Civil Veterinary Department Bihar & Orissa reports 1911-21 - 1911-1921
Year: 1911
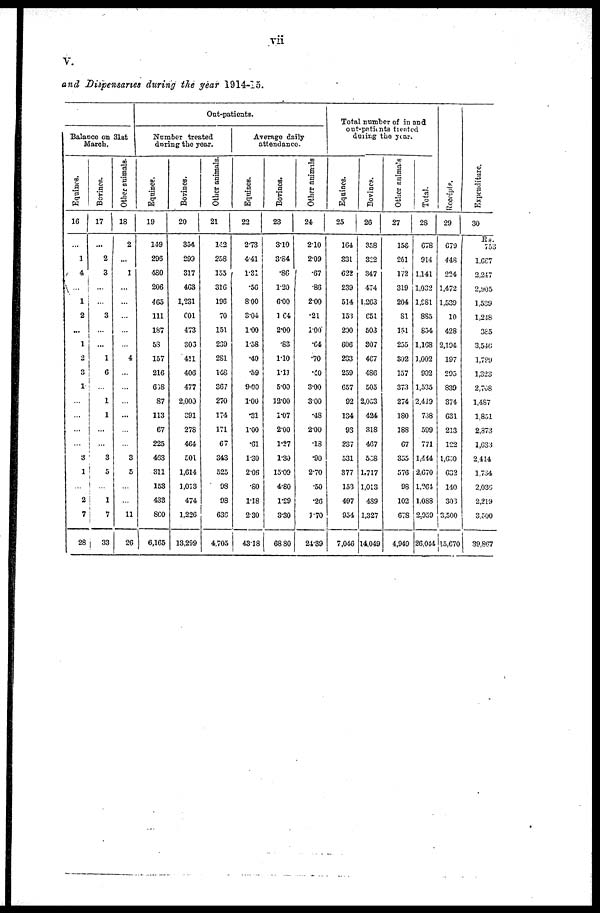
vii
V.
and Dispensaries during the year 1914-15.
Balance on 31st
March.
Equhies.
16
...
1
4
...
1
2
...
1
2
3
1
...
...
...
...
3
1
...
2
7
28
Bovines.
17
...
2
3
...
...
3
...
...
1
...
... ...
...
...
...
3
5
...
1
7
33
Other animals.
18
2
...
1
...
...
...
...
...
4
...
...
...
...
...
...
3
5
...
...
11
20
Out-patients.
Number treated
during the year.
Equines.
19
149
296
480
206
45
111
187
53
157
216
608
87
113
87
225
453
311
153
433
860
6,165
Bovines.
20
354
299
317
463
1,231
601
473
303
411
406
477
2,000
391
278
464
501
1,614
1,013
474
1,226
13,299
Other animals.
21
142
258
155
316
196
70
151
239
281
148
367
270
174
171
67
343
525
98
93
630
4,705
Average daily
attendance.
Equines.
22
2∙73
441
1∙31
.50
800
3∙04
1∙00
1∙58
.40
.59
9∙00
1∙00
.31
1∙00
.01
130
2∙06
80
1∙18
230
43∙18
Bovines.
23
3∙10
3∙84
.80
1∙20
6∙00
164
2∙00
.83
1∙10
1∙11
5∙00
12∙00
1∙07
2∙00
1∙27
1∙30
15∙09
4∙80
1∙29
3∙30
68∙80
Other animals
24
210
209
67
∙86
200
∙21
1∙00
.64
.70
∙10
3∙00
3∙00
∙48
2∙00
.13
.90
2∙70
.50
.26
1∙70
24∙39
Total number of in and
out-patients tiealed
during the year.
Equines.
25
164
331
622
239
514
155
200
606
233
259
057
92
134
93
237
531
377
153
497
954
7,046
Bovines.
26
358
322
347
474
1,263
651
503
307
467
486
505
2,053
424
318
467
568
1,717
1,013
489
1,327
14,049
Other animals
27
158
261
172
319
204
81
151
255
302
157
373
274
180
188
67
355
576
98
102
678
4,949
Total.
28
678
914
1,141
1,032
1,981
885
854
1,108
1,002
902
1,535
2,419
738
599
771
1,444
2,070
l.264
1.088
2.959
26,044
Receipls.
29
679
418
224
1,472
1,539
10
428
2,194
197
295
839
374
631
213
122
1,600
632
140
393
3,500
15,670
Expenditure.
30
Rs.
753
1.667
2,247
2,905
1.539
1,248
385
3,546
l,799
1,323
2,768
1,487
1,851
2,373
1,635
2.414
3.734
2,039
2,219
3,500
39,867